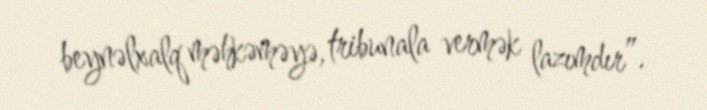
beynəlxalq məhkəməyə, tribunala vermək lazımdır”.